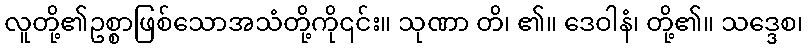
လူတို့၏ဥစ္စာဖြစ်သောအသံတို့ကို၎င်း။ သုဏာ တိ၊ ၏။ ဒေဝါနံ၊ တို့၏။ သဒ္ဒေစ၊